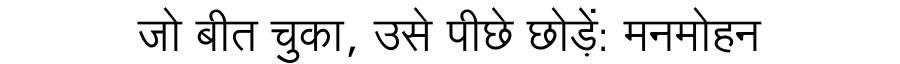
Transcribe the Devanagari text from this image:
जो बीत चुका, उसे पीछे छोड़ें: मनमोहन